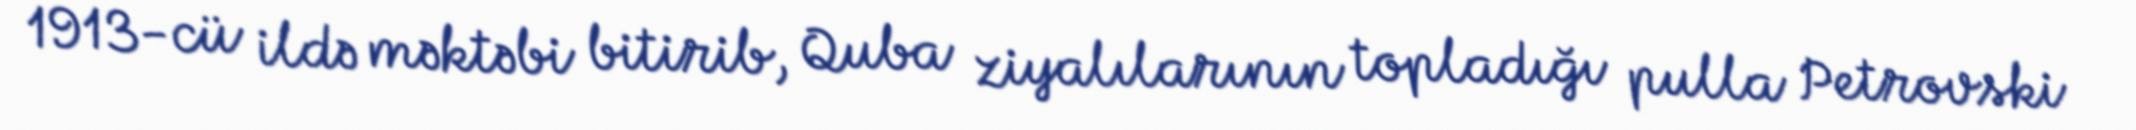
1913-cü ildə məktəbi bitirib, Quba ziyalılarının topladığı pulla Petrovski